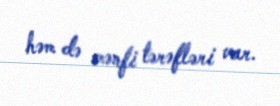
həm də mənfi tərəfləri var.